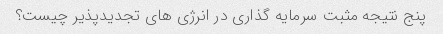
پنج نتیجه مثبت سرمایه گذاری در انرژی های تجدیدپذیر چیست؟